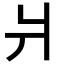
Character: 爿